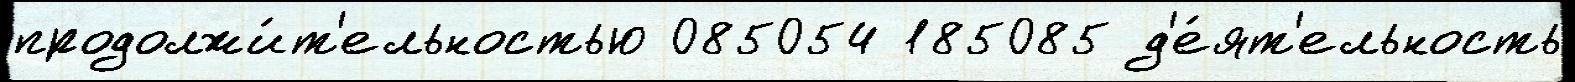
продолжи́т'ельностью 085054 185085 д'е́ят'ельность